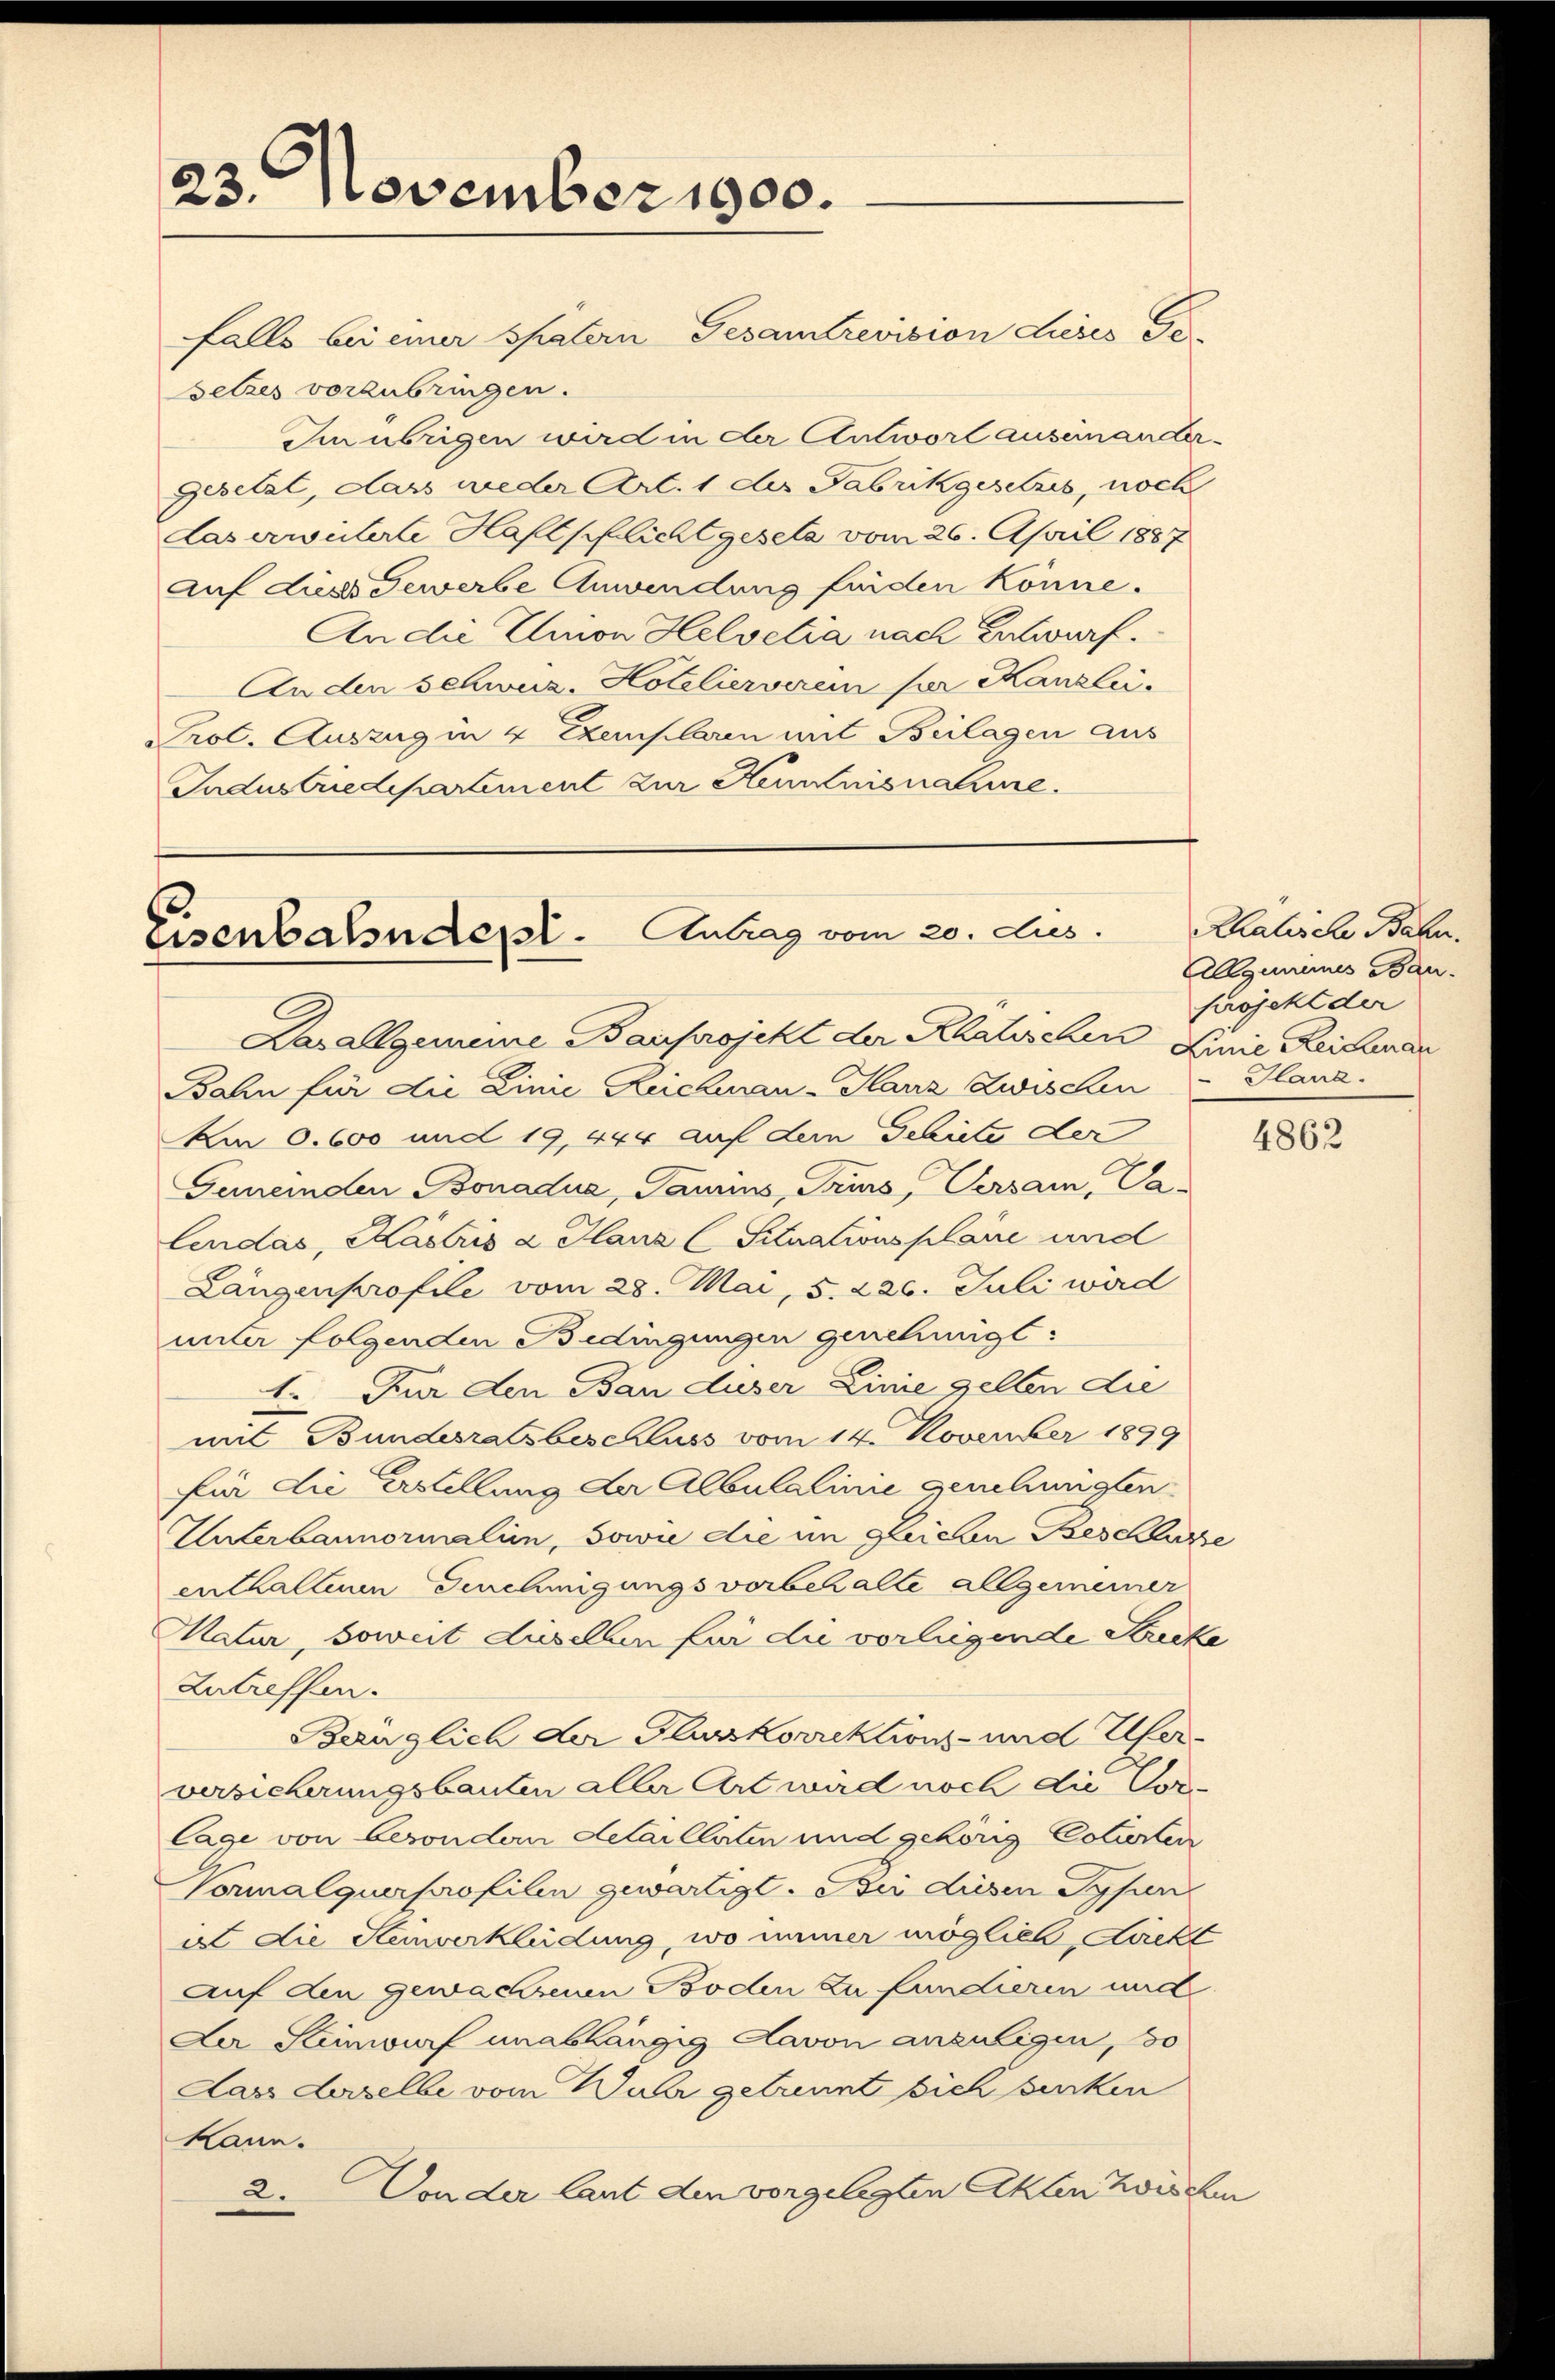
23. November 1900.

Eisenbahndept. Antrag vom 20. Aus
Kavallgemeine Bauprojekt der Rhatischen Linie Reichnar

ahn für die Linie Reichwan-Planz Zwischen Hana-
Am 0.600 und 19, 444 auf dem Schiete der
Gemeinden Bonadue, Tamins, Trurs, Versam, Valendas, Kastris u Hans (Situationsplane und
Längenprofile vom 28. Mai, 5. 226. Juli wird
unter folgenden Bedingungen genehmigt:
1. Für den Bau duser Linie gelten die
mit Bundesratsbeschluss vom 14. November 1899
für die Erstellung der Albulalinie genehmigten
Unterbannormalien, sowie die im gleichen Beschlusse
enthalten Genehmigungsvorbehalte allgemeiner
Matur, soweit daselben für die vorliegende Strecke
Zutreffen.
Bezüglich der Flurkorrektions- und Uferversicherungsbauten aller Art wird noch die Vor¬
Cage von besondern detaillaten und gehörig Cotierten
Vornalquerprofilen gewärtigt. Die diesen Sysin
il die Stemverkleidung, wo immer möglich, Luckt
auf den gewachsenen Boden zu fundieren und
Der Steinwurf unabhängig davon anzulegen, so
Dass daselbe vom Wahr getrennt sich senken
kann.
2. Von der laut den vorgelegten Akten zwischen

falls bei einer spatern Gesamtrevision dieses Ge-
setzes vorzubringen.
Im übrigen wird in der Antwort auseinander.
Gesetzt, dass wieder Art. 1 der Fabrikgesetzes, noch
Laserweiterte Haftpflicht gesetz vom 26. April 1887
auf dieses Gewerbe Anwendung finden könne.
An die Union Helvetia nach Entwurf.
Anden schwuz. Hotelierverein par Kanzlei.
Prot. Auszug in 4 Exemplaren mit Beilagen aus
Industriedepartement zur Kenntnisnahme.

Rhalische Bahn.
Allgemeines Ban
projekt der

4862